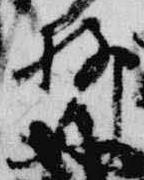
柳